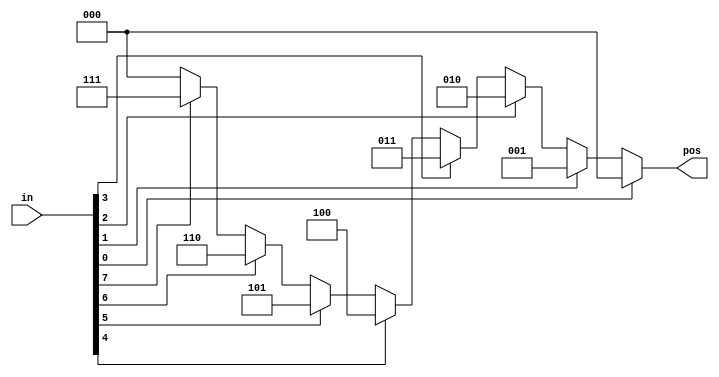
// synthesis verilog_input_version verilog_2001
module top_module (
    input [7:0] in,
    output reg [2:0] pos );
	
    always @(*) begin
       	casez (in[7:0])
            8'bzzzzzzz1: pos = 0;
            8'bzzzzzz1z: pos = 1;
            8'bzzzzz1zz: pos = 2;
            8'bzzzz1zzz: pos = 3;
            8'bzzz1zzzz: pos = 4;
            8'bzz1zzzzz: pos = 5;
            8'bz1zzzzzz: pos = 6;
            8'b1zzzzzzz: pos = 7;
            default: 	 pos = 0;
    	endcase
	end
    
endmodule